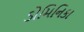
ડોમિનિકા